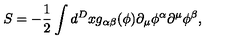
S = - \frac 1 2 \int d ^ { D } x g _ { \alpha \beta } ( \phi ) \partial _ { \mu } \phi ^ { \alpha } \partial ^ { \mu } \phi ^ { \beta } ,